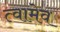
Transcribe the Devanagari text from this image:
त्वामेव